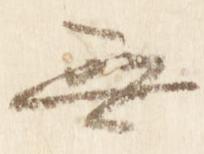
無